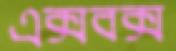
এক্সবক্স